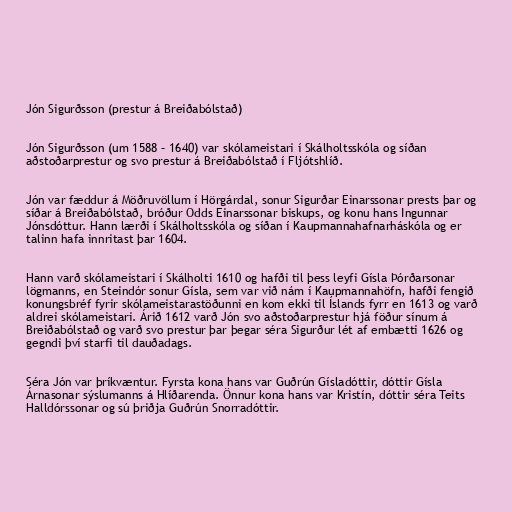
Jón Sigurðsson (prestur á Breiðabólstað)

Jón Sigurðsson (um 1588 – 1640) var skólameistari í Skálholtsskóla og síðan
aðstoðarprestur og svo prestur á Breiðabólstað í Fljótshlíð.

Jón var fæddur á Möðruvöllum í Hörgárdal, sonur Sigurðar Einarssonar prests þar og
síðar á Breiðabólstað, bróður Odds Einarssonar biskups, og konu hans Ingunnar
Jónsdóttur. Hann lærði í Skálholtsskóla og síðan í Kaupmannahafnarháskóla og er
talinn hafa innritast þar 1604.

Hann varð skólameistari í Skálholti 1610 og hafði til þess leyfi Gísla Þórðarsonar
lögmanns, en Steindór sonur Gísla, sem var við nám í Kaupmannahöfn, hafði fengið
konungsbréf fyrir skólameistarastöðunni en kom ekki til Íslands fyrr en 1613 og varð
aldrei skólameistari. Árið 1612 varð Jón svo aðstoðarprestur hjá föður sínum á
Breiðabólstað og varð svo prestur þar þegar séra Sigurður lét af embætti 1626 og
gegndi því starfi til dauðadags.

Séra Jón var þríkvæntur. Fyrsta kona hans var Guðrún Gísladóttir, dóttir Gísla
Árnasonar sýslumanns á Hlíðarenda. Önnur kona hans var Kristín, dóttir séra Teits
Halldórssonar og sú þriðja Guðrún Snorradóttir.